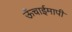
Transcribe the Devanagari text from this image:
ऊँचाईमापी